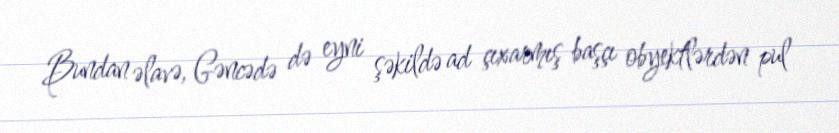
Bundan əlavə, Gəncədə də eyni şəkildə ad çıxarmış başçı obyektlərdən pul